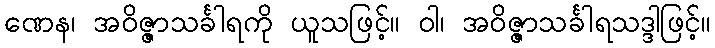
ဏေန၊ အဝိဇ္ဇာသင်္ခါရကို ယူသဖြင့်။ ဝါ၊ အဝိဇ္ဇာသင်္ခါရသဒ္ဒါဖြင့်။